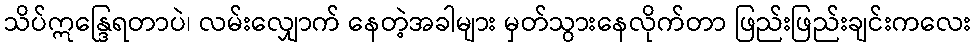
သိပ်ဣန္ဒြေရတာပဲ၊ လမ်းလျှောက် နေတဲ့အခါများ မှတ်သွားနေလိုက်တာ ဖြည်းဖြည်းချင်းကလေး